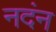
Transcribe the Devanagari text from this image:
नदंन